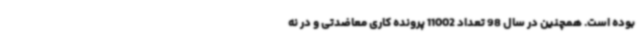
بوده است. همچنین در سال 98 تعداد 11002 پرونده کاری معاضدتی و در نه